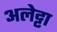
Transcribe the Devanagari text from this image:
अलेट्टा